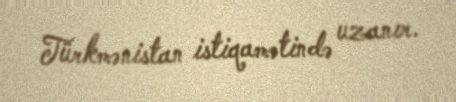
Türkmənistan istiqamətində uzanır.